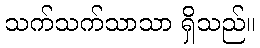
သက်သက်သာသာ ရှိသည်။